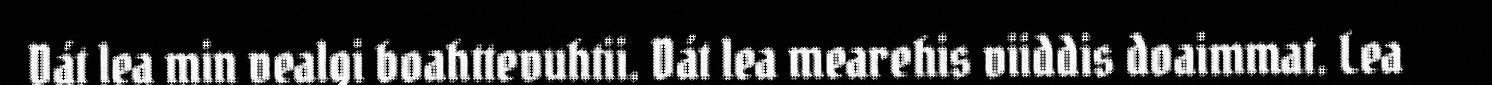
Dát lea min vealgi boahttevuhtii. Dát lea mearehis viiddis doaimmat. Lea